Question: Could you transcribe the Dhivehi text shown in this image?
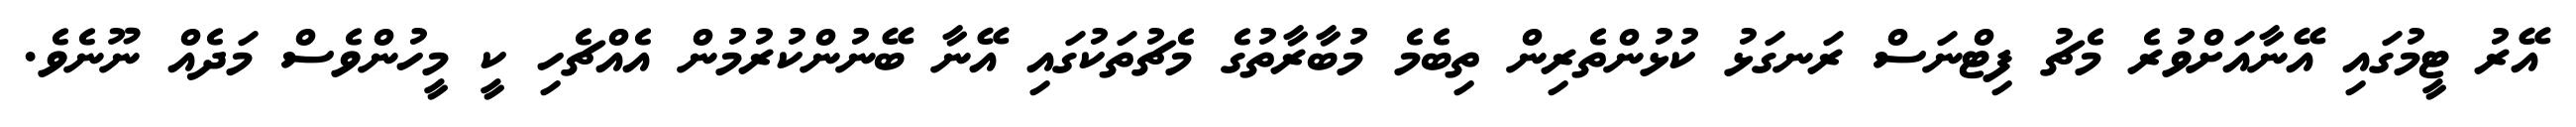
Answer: އޭރު ޓީމުގައި އޭނާއަށްވުރެ މެޗު ފިޓްނަސް ރަނގަޅު ކުޅުންތެރިން ތިބެމެ މުބާރާތުގެ މެޗުތަކުގައި އޭނާ ބޭނުންކުރުމުން އެއްޗެހި ކީ މީހުންވެސް މަދެއް ނޫނެވެ.